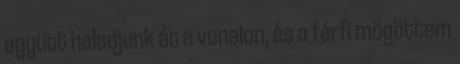
együtt haladjunk át a vonalon, és a férfi mögöttem